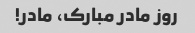
روز مادر مبارک، مادر!